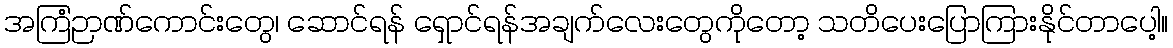
အကြံဉာဏ်ကောင်းတွေ၊ ဆောင်ရန် ရှောင်ရန်အချက်လေးတွေကိုတော့ သတိပေးပြောကြားနိုင်တာပေါ့။